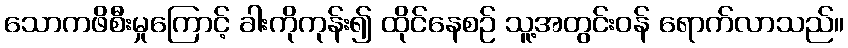
သောကဖိစီးမှုကြောင့် ခါးကိုကုန်း၍ ထိုင်နေစဉ် သူ့အတွင်းဝန် ရောက်လာသည်။